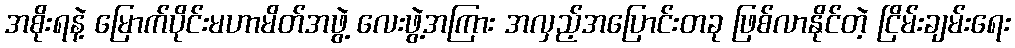
အစိုးရနဲ့ မြောက်ပိုင်းမဟာမိတ်အဖွဲ့ လေးဖွဲ့အကြား အလှည့်အပြောင်းတခု ဖြစ်လာနိုင်တဲ့ ငြိမ်းချမ်းရေး